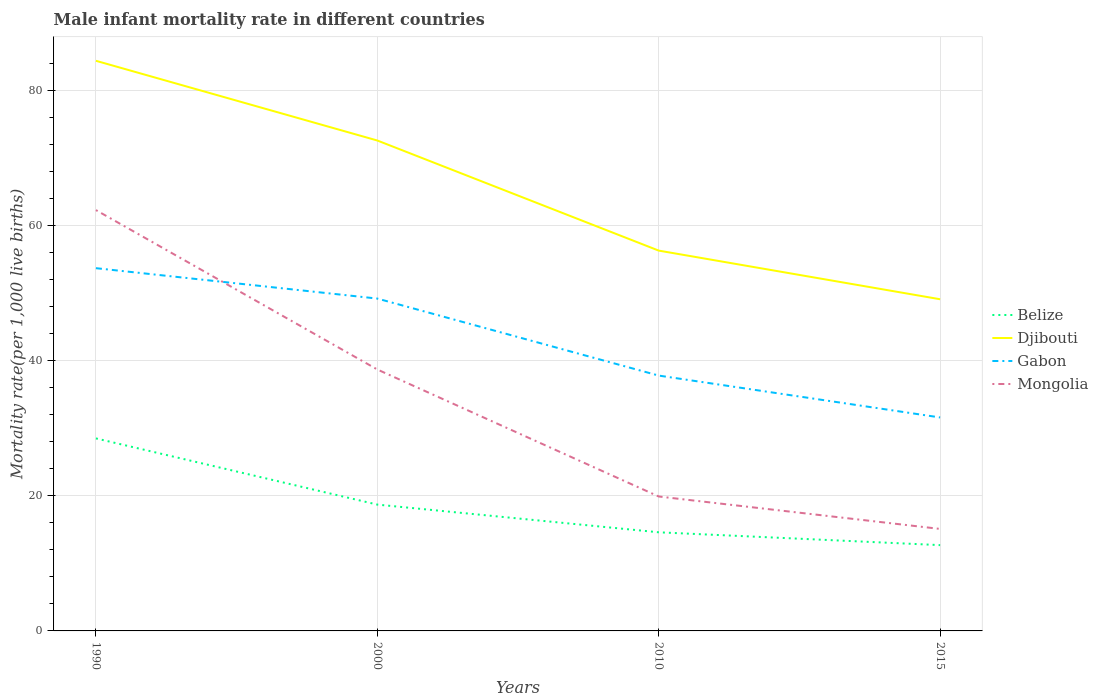
| Years | Belize | Djibouti | Gabon | Mongolia |
 | --- | --- | --- | --- | --- |
 | 1990 | 28.5 | 84.4 | 53.7 | 62.3 |
 | 2000 | 18.7 | 72.6 | 49.2 | 38.7 |
 | 2010 | 14.6 | 56.3 | 37.8 | 19.9 |
 | 2015 | 12.7 | 49.1 | 31.6 | 15.1 |